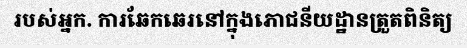
របស់អ្នក. ការឆែកឆេរនៅក្នុងភោជនីយដ្ឋានត្រួតពិនិត្យ